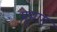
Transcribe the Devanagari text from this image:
मूभाग